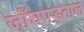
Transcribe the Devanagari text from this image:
जाँचपड़ताल